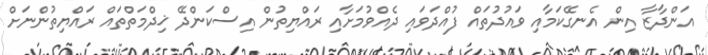
އަންދާޒާ އިން އެނގޭކަމާއި ވައުދުތައް ފުއްދަވައި ދެއްވުމަށާއި ރައްޔިތުން އިސްކަންދޭ ޚިދްމަތްތައް ރައްޔިތުންނަށް